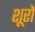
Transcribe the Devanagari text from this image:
शूरों